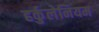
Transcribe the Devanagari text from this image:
हर्कुलेनियम